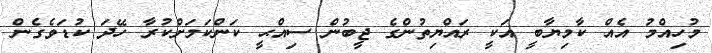
މުހިއްމު އެއް ކާމިޔާބީ އަކީ ރައްޔިތުންގެ ޖީބުން ސިއްޙީ ކަންކަމަށްކުރާ ހޭދަ ކުޑަވެގެން